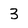
Character: 3